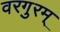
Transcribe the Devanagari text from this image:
वरगुरम्